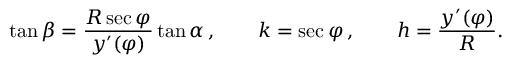
\tan \beta = { \frac { R \sec \varphi } { y ^ { \prime } ( \varphi ) } } \tan \alpha \, , \qquad k = \sec \varphi \, , \qquad h = { \frac { y ^ { \prime } ( \varphi ) } { R } } .